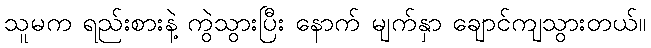
သူမက ရည်းစားနဲ့ ကွဲသွားပြီး နောက် မျက်နှာ ချောင်ကျသွားတယ်။